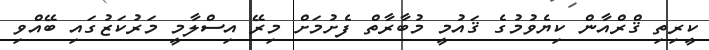
ކީރިތި ޤްރްއާން ކިޔެވުމުގެ ޤައުމީ މުބާރާތް ފެށުމަށް މިރޭ އިސްލާމީ މަރުކަޒުގައި ބޭއްވި